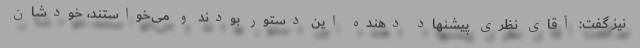
نیز گفت: آقای نظری پیشنهاد دهنده این دستور بودند و می‌خواستند، خودشان